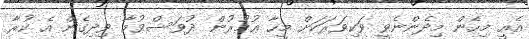
އެއީ މިހެން މިދެންނެވީ ވަކިވަރަކަށް މީހާ ޢުމުރުން ދުވަސްވުމާ ވިދިގެން އެ ކުރާ